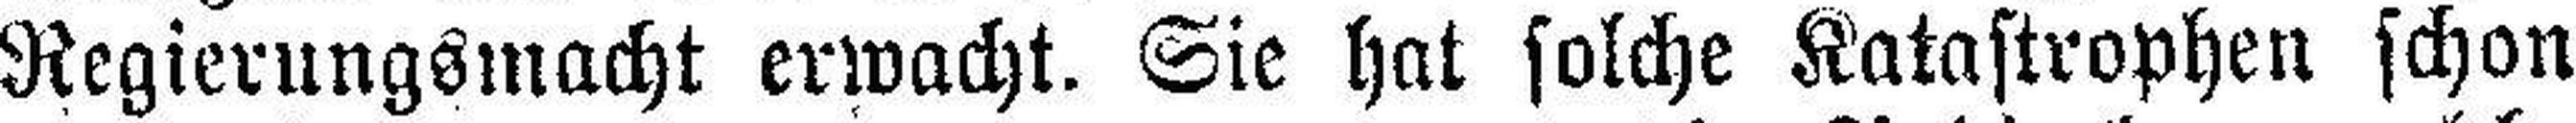
Regierungsmacht erwacht. Sie hat solche Katastrophen schon